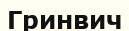
Гринвич